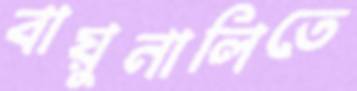
বায়ুনালিতে